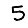
Digit: 5